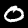
Label: 0